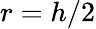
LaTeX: r=h/2